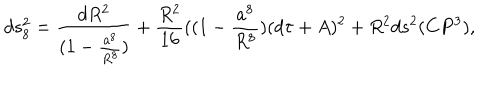
d s _ { 8 } ^ { 2 } = \frac { d R ^ { 2 } } { ( 1 - \frac { a ^ { 8 } } { R ^ { 8 } } ) } + \frac { R ^ { 2 } } { 1 6 } ( ( 1 - \frac { a ^ { 8 } } { R ^ { 8 } } ) ( d \tau + A ) ^ { 2 } + R ^ { 2 } d s ^ { 2 } ( C P ^ { 3 } ) ,